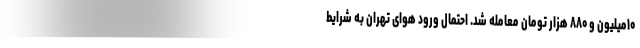
۱۰میلیون و ۸۸۰ هزار تومان معامله شد. احتمال ورود هوای تهران به شرایط